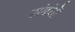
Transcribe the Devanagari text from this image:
संबंधॊ